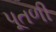
પૂતળી